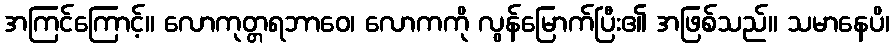
အကြင်ကြောင့်။ လောကုတ္တရဘာဝေ၊ လောကကို လွန်မြောက်ပြီး၏ အဖြစ်သည်။ သမာနေပိ၊